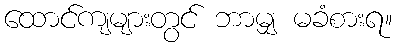
ထောင်ကျများတွင် ဘာမျှ မခံစားရ။